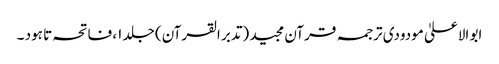
ابو الاعلیٰ مودودی ترجمہ قرآن مجید (تدبر القرآن) جلد ۱، فاتحہ تا ہود ۔